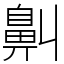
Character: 鼼